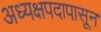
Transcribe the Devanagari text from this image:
अध्यक्षपदापासून